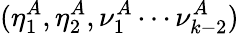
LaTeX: (\eta_{1}^{A},\eta_{2}^{A},\nu_{1}^{A}\cdots\nu_{k-2}^{A})